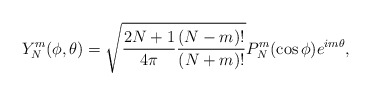
\begin{align*} Y^m_N(\phi,\theta) = \sqrt{\frac{2N + 1}{4\pi} \frac{(N - m)!}{(N + m)!}} P^m_N(\cos\phi)e^{im\theta},\end{align*}